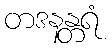
တဒနန္တရံ